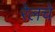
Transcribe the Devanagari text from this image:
रेलचे